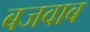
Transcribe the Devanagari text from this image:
बजवाब